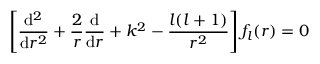
\left[ { \frac { \mathrm { d } ^ { 2 } } { \mathrm { d } r ^ { 2 } } } + { \frac { 2 } { r } } { \frac { \mathrm { d } } { \mathrm { d } r } } + k ^ { 2 } - { \frac { l ( l + 1 ) } { r ^ { 2 } } } \right] f _ { l } ( r ) = 0